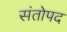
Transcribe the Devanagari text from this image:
संतोपद